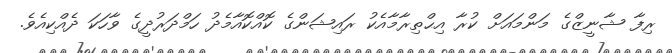
ރިފާ ޝާނީޒްގެ މަންމައަށް ކުރާ އިޙްތިރާމާއެކު ރައިޝަންގެ ކޮއްކޮއާމެދު ހަމްދަރުދީގެ ވާހަކަ ދެއްކިއެވެ.